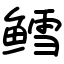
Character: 鳕